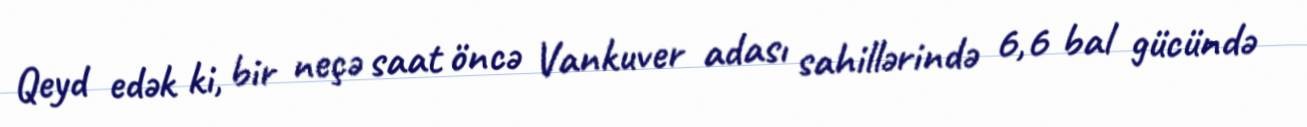
Qeyd edək ki, bir neçə saat öncə Vankuver adası sahillərində 6,6 bal gücündə